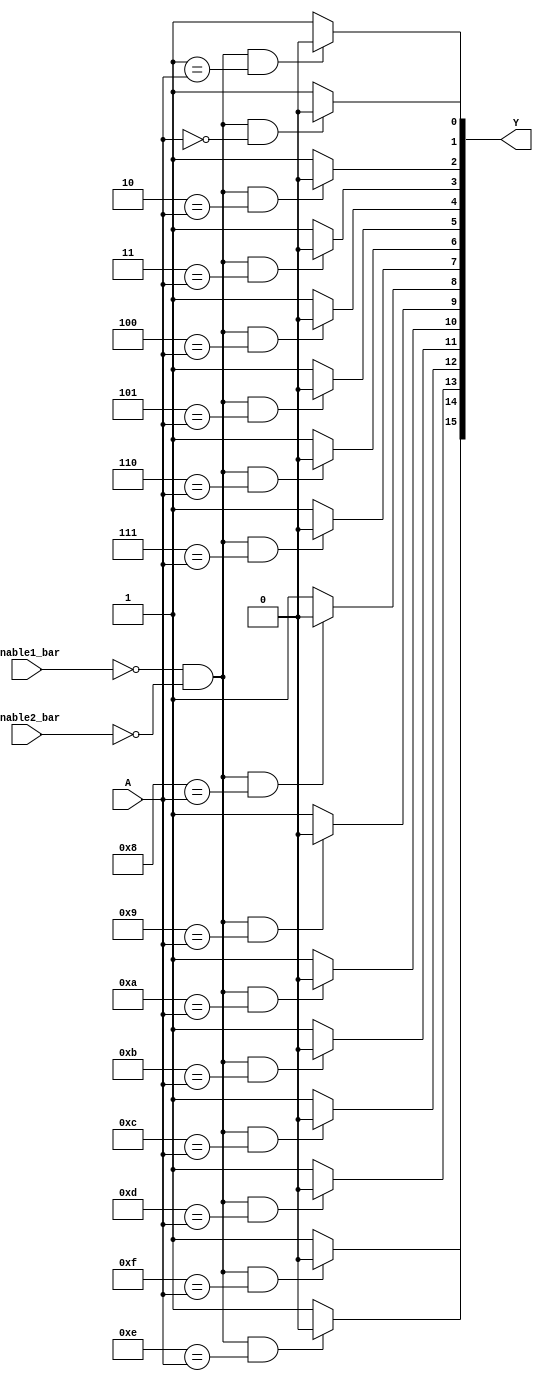
// This program was cloned from: https://github.com/TimRudy/ice-chips-verilog
// License: GNU General Public License v3.0

// 4-line to 16-line decoder/demultiplexer (inverted outputs)

module ttl_74154 #(parameter WIDTH_OUT = 16, WIDTH_IN = $clog2(WIDTH_OUT),
                   DELAY_RISE = 0, DELAY_FALL = 0)
(
  input Enable1_bar,
  input Enable2_bar,
  input [WIDTH_IN-1:0] A,
  output [WIDTH_OUT-1:0] Y
);

//------------------------------------------------//
reg [WIDTH_OUT-1:0] computed;
integer i;

always @(*)
begin
  for (i = 0; i < WIDTH_OUT; i++)
  begin
    if (!Enable1_bar && !Enable2_bar && i == A)
      computed[i] = 1'b0;
    else
      computed[i] = 1'b1;
  end
end
//------------------------------------------------//

assign #(DELAY_RISE, DELAY_FALL) Y = computed;

endmodule